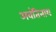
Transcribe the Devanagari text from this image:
अवंतिनाथ